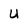
Character: U